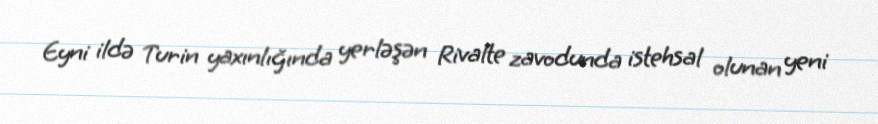
Eyni ildə Turin yaxınlığında yerləşən Rivalte zavodunda istehsal olunan yeni